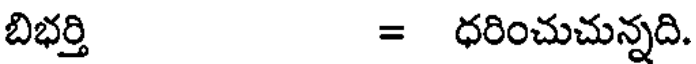
బిభర్తి = ధరించుచున్నది.